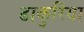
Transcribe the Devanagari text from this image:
ढाकुरिया